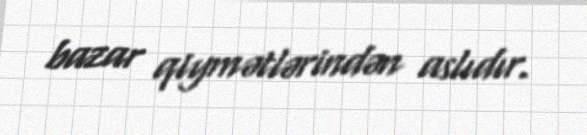
bazar qiymətlərindən aslıdır.